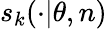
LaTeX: s_{k}(\cdot|\theta,n)